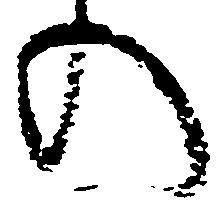
の